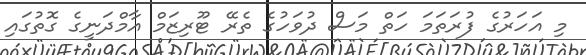
މި އަހަރުގެ ފުރަތަމަ ހަތް މަސް ދުވަހުގެ ތެރޭ ޓޫރިޒަމް އާމްދަނީގެ ގޮތުގައި